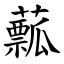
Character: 䕯